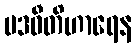
ပဒဝီတိဟာရေန